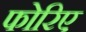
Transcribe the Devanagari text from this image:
फोरिए